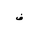
Letter: _fa